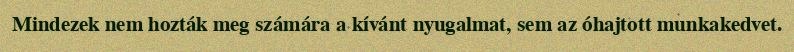
Mindezek nem hozták meg számára a kívánt nyugalmat, sem az óhajtott munkakedvet.